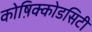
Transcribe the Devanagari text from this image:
कोष़िक्कोडसिटी